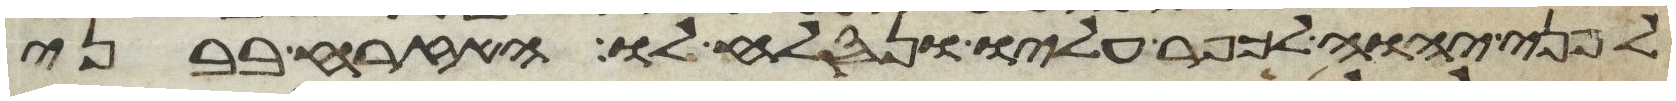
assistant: לפני יהוה לכפר עליו ונסלח לו האזרח בבני